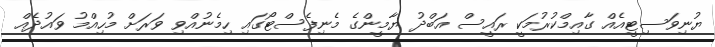
ޔުނިވަސިޓީއެއް ގާއިމްކުރުމަކީ ރައީސް އަބްދު ޔާމީންގެ މެނިފެސްޓޯގައި ހިމެނުއްވި ވަރަށް މުހިއްމު ވައުދެއް